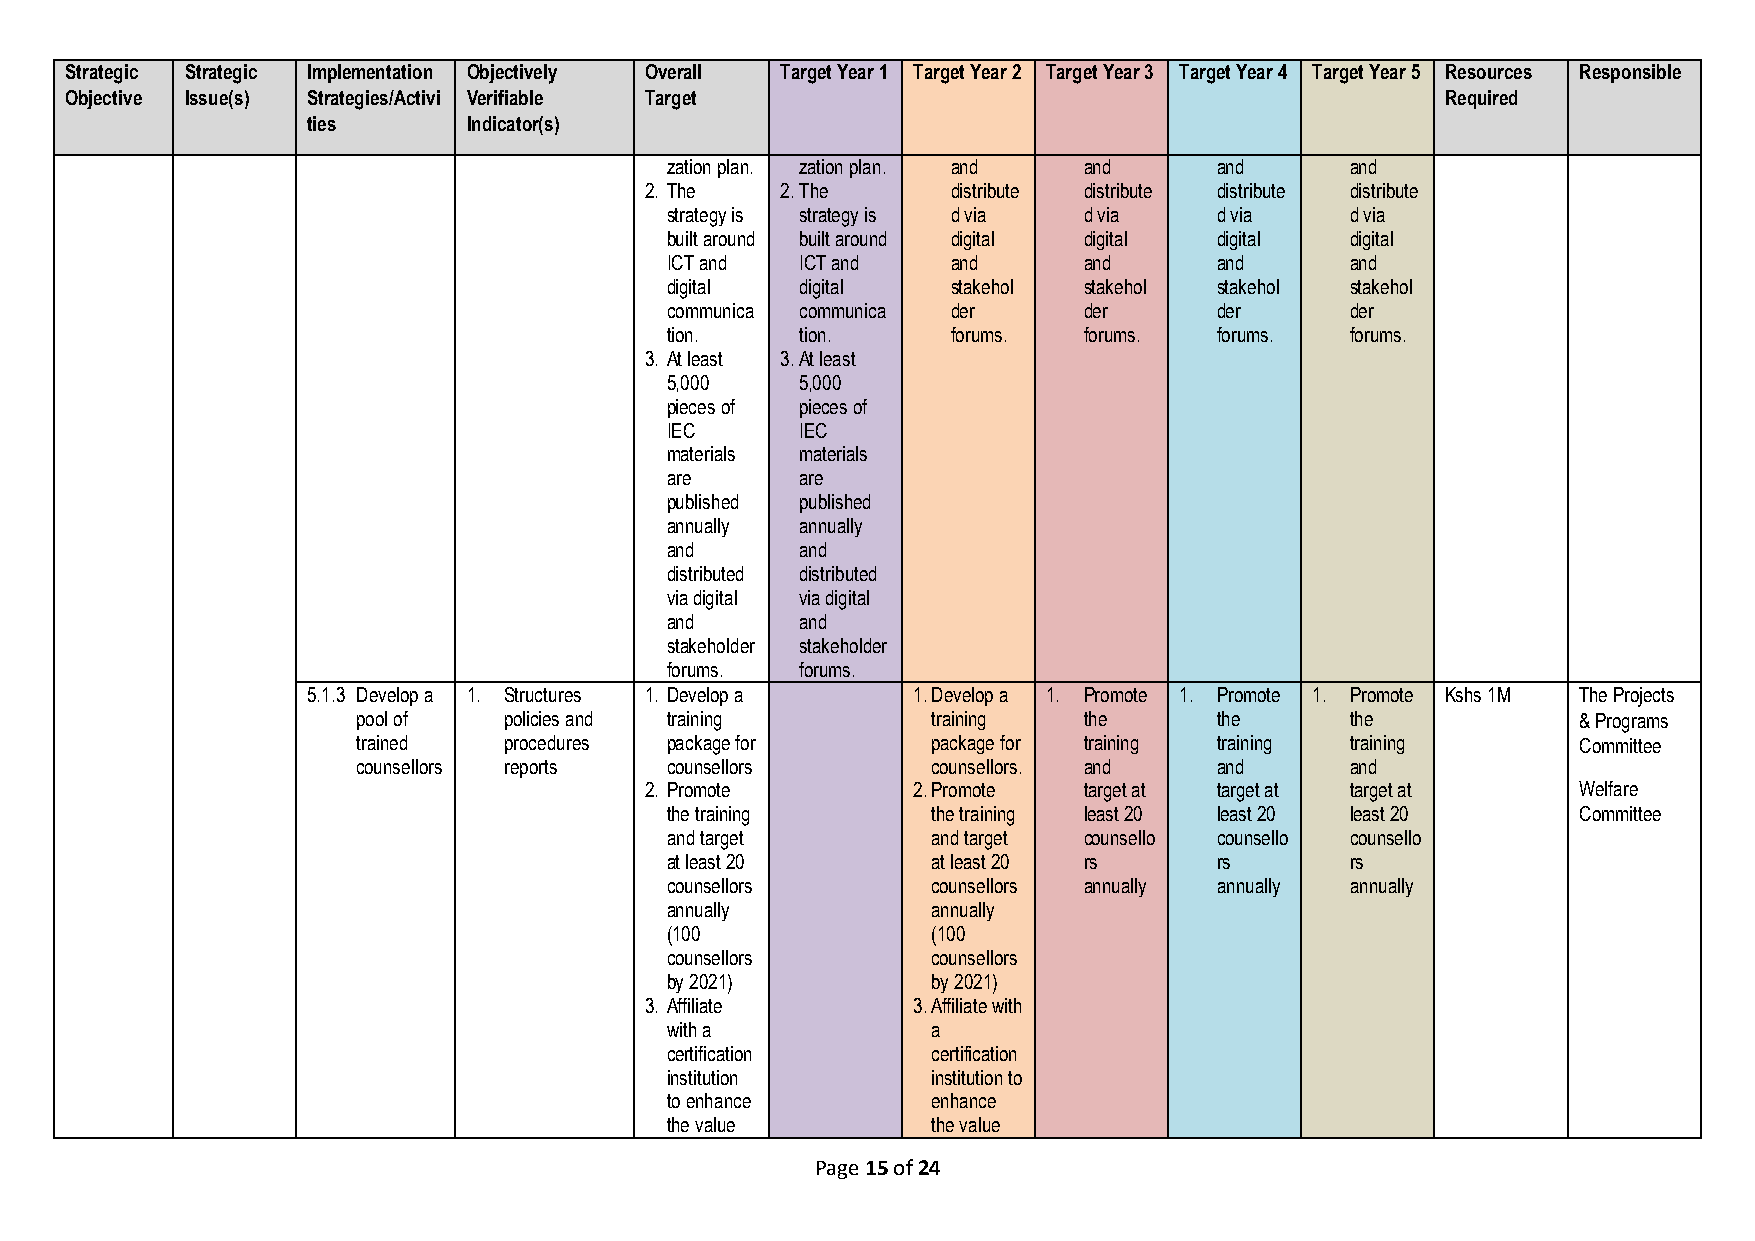
Strategic Strategic Implementation Objectively Overall Target Year 1 Target Year 2 Target Year 3 Target Year 4 Target Year 5 Resources Responsible
 Objective Issue(s) Strategies/Activi Verifiable Target                                      Required
 ties       Indicator(s)
 zation plan. zation plan. and and    and     and
 2. The   2. The     distribute distribute distribute distribute
 strategy is strategy is d via d via  d via   d via
 built around built around digital digital digital digital
 ICT and  ICT and   and      and      and     and
 digital  digital   stakehol stakehol stakehol stakehol
 communica communica der     der      der     der
 tion.    tion.     forums.  forums.  forums. forums.
 3. At least 3. At least
 5,000    5,000
 pieces of pieces of
 IEC      IEC
 materials materials
 are      are
 published published
 annually annually
 and      and
 distributed distributed
 via digital via digital
 and      and
 stakeholder stakeholder
 forums.  forums.
 5.1.3 Develop a 1. Structures 1. Develop a 1. Develop a 1. Promote 1. Promote 1. Promote Kshs 1M The Projects
 pool of  policies and training        training  the      the     the             & Programs
 trained  procedures package for       package for training training training     Committee
 counsellors reports counsellors       counsellors. and   and     and
 2. Promote       2. Promote  target at target at target at    Welfare
 the training      the training least 20 least 20 least 20    Committee
 and target        and target counsello counsello counsello
 at least 20       at least 20 rs     rs      rs
 counsellors       counsellors annually annually annually
 annually          annually
 (100              (100
 counsellors       counsellors
 by 2021)          by 2021)
 3. Affiliate     3. Affiliate with
 with a            a
 certification     certification
 institution       institution to
 to enhance        enhance
 the value         the value
 Page 15 of 24